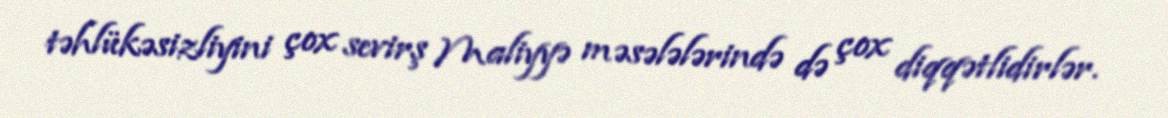
təhlükəsizliyini çox sevirş Maliyyə məsələlərində də çox diqqətlidirlər.